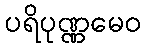
ပရိပုဏ္ဏမေဝ